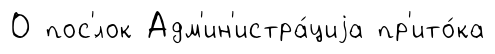
О пос'́лок Адм'ин'истра́циjа пр'ито́ка